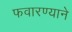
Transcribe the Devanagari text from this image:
फवारण्याने